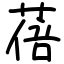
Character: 蓓